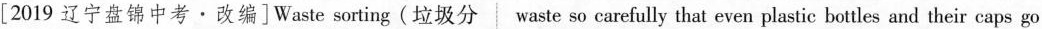
[2019 辽宁盘锦中考·改编]Waste sorting(垃圾分 waste so carefully that even plastic bot les and their caps go